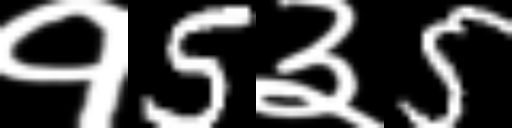
Text: १5३5